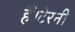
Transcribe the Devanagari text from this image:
हैं।टेरनी